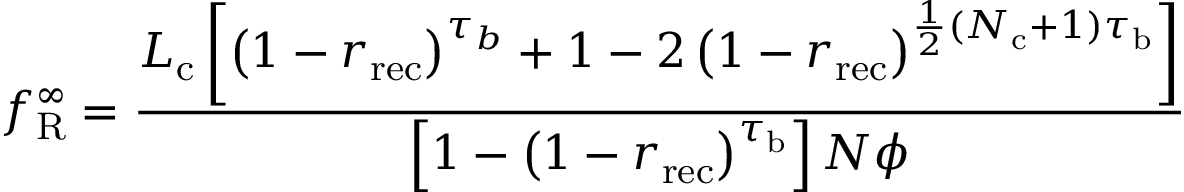
f _ { \mathrm { R } } ^ { \infty } = \frac { L _ { \mathrm { c } } \left[ \left( 1 - r _ { \mathrm { r e c } } \right) ^ { \tau _ { b } } + 1 - 2 \left( 1 - r _ { \mathrm { r e c } } \right) ^ { \frac { 1 } { 2 } ( N _ { \mathrm { c } } + 1 ) \tau _ { \mathrm { b } } } \right] } { \left[ 1 - \left( 1 - r _ { \mathrm { r e c } } \right) ^ { \tau _ { \mathrm { b } } } \right] N \phi }